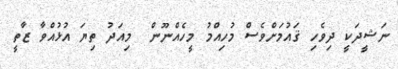
ނަޝީދަކީ ދިވެހި ޤައުމަށްވެސް މުހިއްމު މީހެއްނޫން  މިއަދު ތިޔަ އުޅުއްވާ ޒާތީ